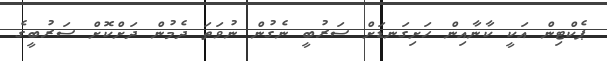
ޕެކްޓިން އަކީ ކާނާއިން ހަށިގަނޑަށް ސަރުބީ ނެގުން ނުވަތަ ދެމުން ދަށްކޮށް ސަރުބީގެ